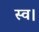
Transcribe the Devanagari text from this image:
स्‍व।